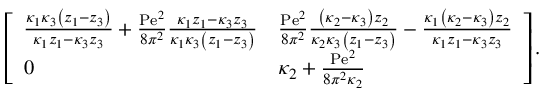
\begin{array} { r } { \left[ \begin{array} { l l } { \frac { \kappa _ { 1 } \kappa _ { 3 } \left( z _ { 1 } - z _ { 3 } \right) } { \kappa _ { 1 } z _ { 1 } - \kappa _ { 3 } z _ { 3 } } + \frac { \mathrm { P e } ^ { 2 } } { 8 \pi ^ { 2 } } \frac { \kappa _ { 1 } z _ { 1 } - \kappa _ { 3 } z _ { 3 } } { \kappa _ { 1 } \kappa _ { 3 } \left( z _ { 1 } - z _ { 3 } \right) } } & { \frac { \mathrm { P e } ^ { 2 } } { 8 \pi ^ { 2 } } \frac { \left( \kappa _ { 2 } - \kappa _ { 3 } \right) z _ { 2 } } { \kappa _ { 2 } \kappa _ { 3 } \left( z _ { 1 } - z _ { 3 } \right) } - \frac { \kappa _ { 1 } \left( \kappa _ { 2 } - \kappa _ { 3 } \right) z _ { 2 } } { \kappa _ { 1 } z _ { 1 } - \kappa _ { 3 } z _ { 3 } } } \\ { 0 } & { \kappa _ { 2 } + \frac { \mathrm { P e } ^ { 2 } } { 8 \pi ^ { 2 } \kappa _ { 2 } } } \end{array} \right] . } \end{array}